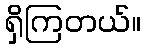
ရှိကြတယ်။